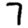
Digit: 7